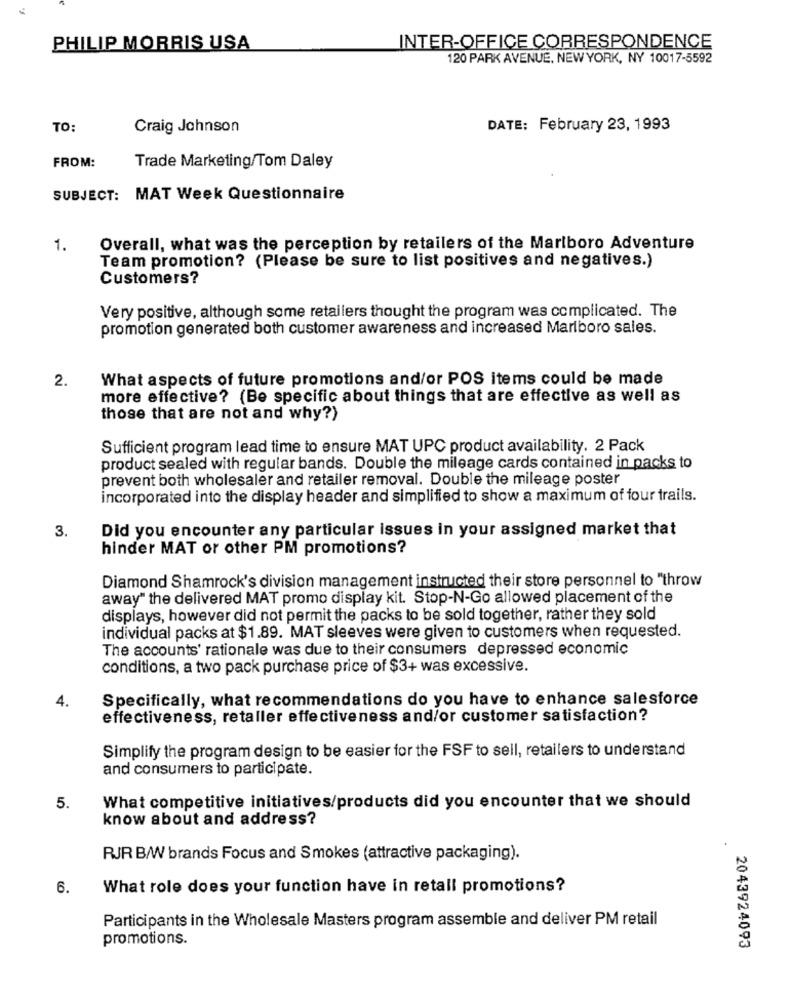
PHILIP MORRIS USA
INTER-OFFICE CORRESPONDENCE
120 PARK AVENUE, NEW YORK, NY 10017-5592
TO:
Craig Johnson
DATE: February 23, 1993
FROM:
Trade Marketing/Tom Daley
SUBJECT: MAT Week Questionnaire
1.
Overall, what was the perception by retailers of the Marlboro Adventure
Team promotion? (Please be sure to list positives and negatives.)
Customers?
Very positive, although some retailers thought the program was complicated. The
promotion generated both customer awareness and increased Marlboro sales.
2.
What aspects of future promotions and/or POS items could be made
more effective? (Be specific about things that are effective as well as
those that are not and why?)
Sufficient program lead time to ensure MAT UPC product availability. 2 Pack
product sealed with regular bands. Double the mileage cards contained in packs to
prevent both wholesaler and retailer removal. Double the mileage poster
incorporated into the display header and simplified to show a maximum of four trails.
3.
Did you encounter any particular issues in your assigned market that
hinder MAT or other PM promotions?
Diamond Shamrock's division management instructed their store personnel to "throw
away" the delivered MAT promo display kit. Stop-N-Go allowed placement of the
displays, however did not permit the packs to be sold together, rather they sold
individual packs at $1.89. MAT sleeves were given to customers when requested.
The accounts' rationale was due to their consumers depressed economic
conditions, a two pack purchase price of $3+ was excessive.
4.
Specifically, what recommendations do you have to enhance salesforce
effectiveness, retaller effectiveness and/or customer satisfaction?
Simplify the program design to be easier for the FSF to sell, retailers to understand
and consumers to participate.
What competitive initiatives/products did you encounter that we should
5.
know about and address?
.
RJR B/W brands Focus and Smokes (attractive packaging).
6.
What role does your function have in retail promotions?
Participants in the Wholesale Masters program assemble and deliver PM retail
promotions.
2043924093